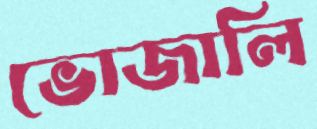
ভোজালি